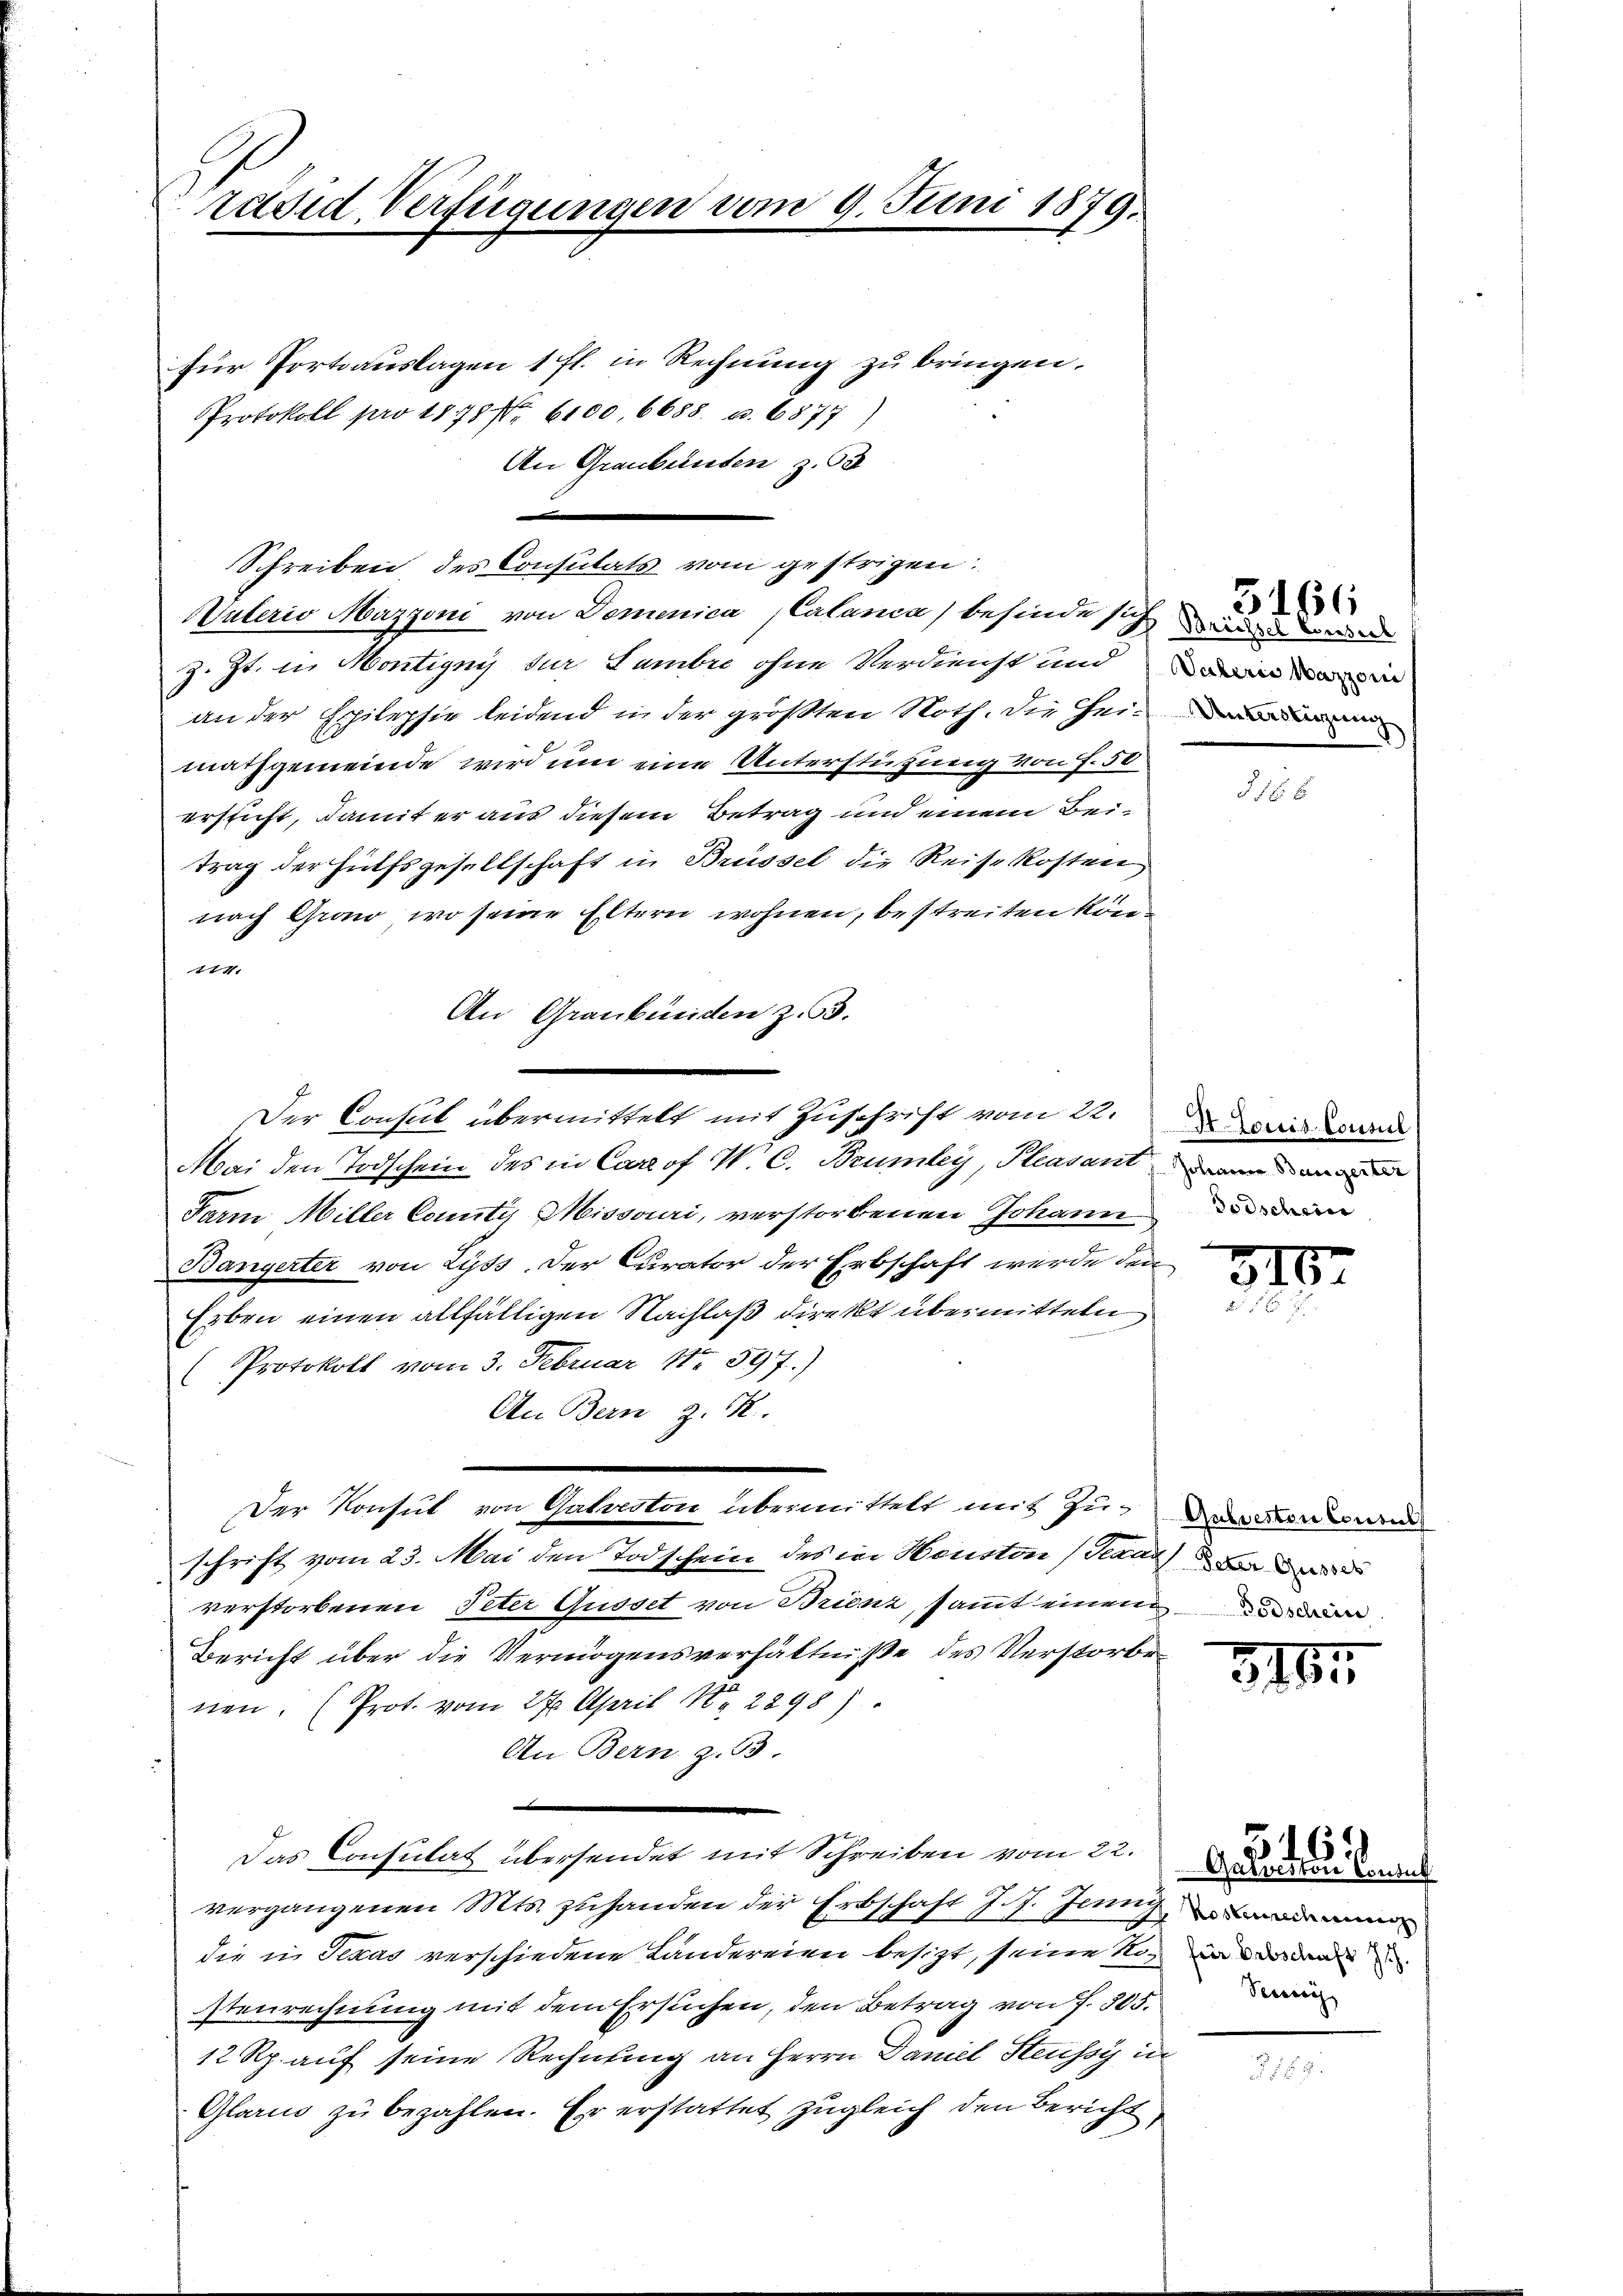
rädid Verfügungen vom 9. Juni 1879.

.
Schreiben des Consulats vom gestrigen:

für Portiauslagen 1 fl. in Rechnung zu bringen.
Protokoll pro 1878 f. 6100, 6688. u. 6877
An Graubünden z. 53
Wulerio Mazzoni von Domenica Calanca, befinde sich
z. Zt. in Hontigny der Lambre ohne Verdienst und in
an der Epilepsie leidend in der größten Noth, die Heider
mathgemeinde wird um eine Unterstützung von f. 50
ersticht, damit er aus diesem Betrag und einem Beitrag der Hülfsgesellschaft in Brüssel die Reisekosten
nach Grono, wo seine Eltern wohnen, bestreiten kön¬
774.
An Graubünden zu 3.
Mai den Todschein des in Carrof V. C. Brumley Pleasanten an
Farm Miller County Missouri, verstorbenen Johann
Bangerter von Lyss. Der Curator der Erbschaft werde den
Erben einen allfälligen Nachlaß direkt übermitteln
(Protokoll vom 3. Februar 18. 597.)
An Bern z. R.
Der Konsul von Gatreston übermittelt mit Zuschrift vom 23. Mai den Todschein des in Heuston (Teaar Be
verstorbenen Peter Gusset von Brienz, sammt einem
Bericht über die Vermögensverhältniße des Verstorbe
nen. (Prot. vom 27. April 1884 2898)
An Bern z. 53.
.
Das Consulat übersendet mit Schreiben vom 22.
vergangenen Mts. zuhanden der Erbschaft J. J. Jenny,
die in Texas verschiedene Ländereien besizt, seine No in der
stenrechnung mit dem Ersuchen, den Betrag von f. 305.
12 Rp. auf seine Rechnung an Herrn Daniel Steussi in
Glarus zu bezahlen. Er erstattet zugleich den Bericht,

Der Consul übermittelt mit Zuschrift vom 22.

3166

I Louis Consul
Todschein

316.

Gubreston Consul

314.

Getretton Consul
Veci

165